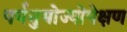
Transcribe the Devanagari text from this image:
पर्यनुयोज्योपेक्षण